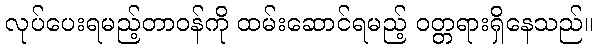
လုပ်ပေးရမည့်တာဝန်ကို ထမ်းဆောင်ရမည့် ဝတ္တရားရှိနေသည်။